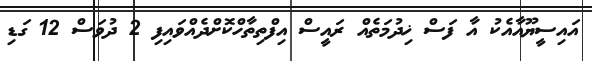
އައިސީޔޫއާއެކު އާ ފަސް ޚިދުމަތެއް ރައީސް އިފްތިތާހްކޮށްދެއްވައިފި 2 ދުވަސް 12 ގަޑި